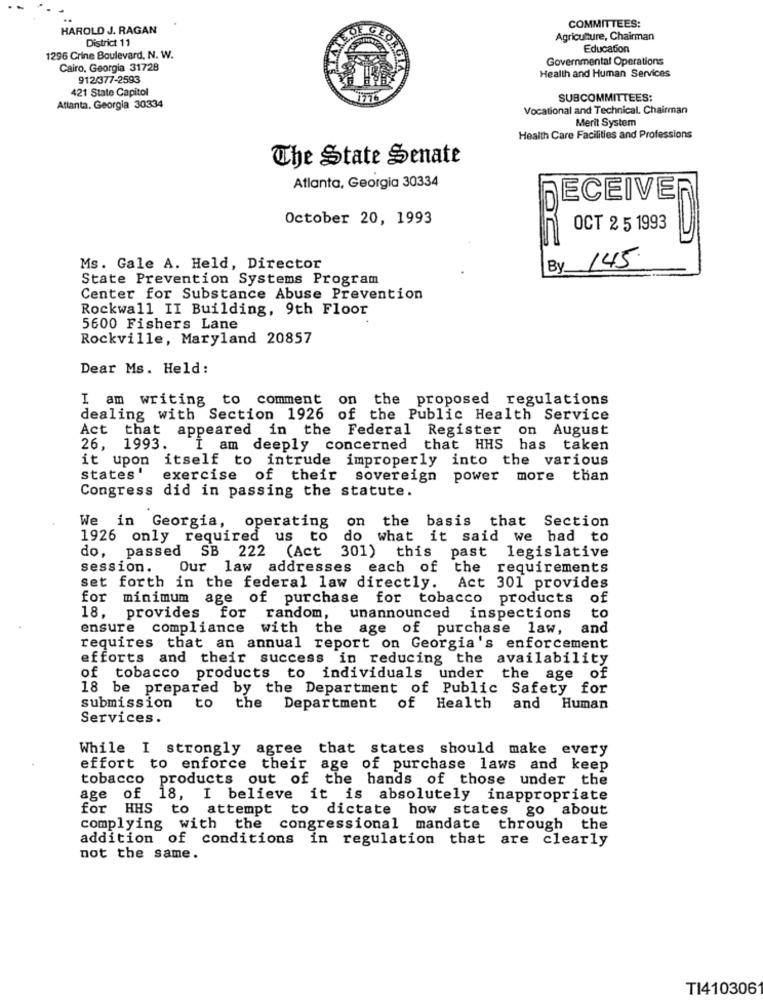
COMMITTEES:
HAROLD J. RAGAN
District 11
Agriculture, Chairman
Education
1296 Crine Boulevard, N. W.
Governmental Operations
Cairo, Georgia 31728
912/377-2593
Health and Human Services
421 State Capitol
1776
SUBCOMMITTEES:
Atlanta, Georgia 30334
Vocational and Technical. Chairman
Merit System
Health Care Facilities and Professions
The State Senate
Atlanta, Georgia 30334
RECEIVER
October 20, 1993
OCT 2 5 1993
By 145
Ms. Gale A. Held, Director
State Prevention Systems Program
Center for Substance Abuse Prevention
Rockwall II Building, 9th Floor
5600 Fishers Lane
Rockville, Maryland 20857
Dear Ms. Held:
I am writing to comment on the proposed regulations
dealing with Section 1926
of the Public Health Service
Act that
appeared in the Federal Register on August
26.
1993.
I am deeply concerned that HHS has taken
it upon itself to intrude improperly into the various
states !
exercise of their sovereign power more than
Congress did in passing the statute.
We in Georgia, operating on the basis that Section
1926 only required us to do what it said we had to
do, passed SB 222 (Act 301) this past legislative
session.
Our law addresses each of the requirements
set forth in the federal law directly. Act 301 provides
for minimum age of purchase for tobacco products
of
to
18.
provides for
random,
unannounced inspections
ensure compliance with the age of purchase law, and
requires that an annual report on Georgia's enforcement
efforts and their success in reducing the availability
of tobacco products to individuals under
the age of
18 be prepared by the Department of Public Safety for
submission
to
the Department of Health
and Human
Services.
While I strongly agree that states should make every
effort to enforce their age of purchase laws and keep
tobacco products out of the hands of those under the
age of 18, I believe it is absolutely inappropriate
for HHS to attempt to dictate how states go about
complying with the congressional mandate through the
addition of conditions in regulation that are clearly
not the same.
TI410306